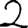
Digit: 2